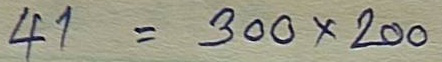
41 = 300 x 200